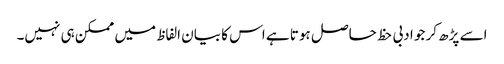
اسے پڑھ کر جو ادبی حظ حاصل ہوتا ہے اس کا بیان الفاظ میں ممکن ہی نہیں۔